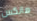
هانكس